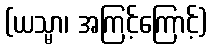
(ယသ္မာ၊ အကြင့်ကြောင့်)